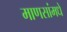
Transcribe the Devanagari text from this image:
माणसांमधे